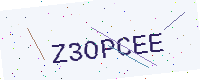
Text: Z3OPCEE